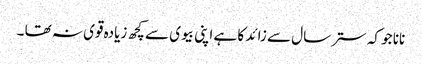
نانا جو کہ ستر سال سے زائد کا ہے اپنی بیوی سے کچھ زیادہ قوی نہ تھا ۔